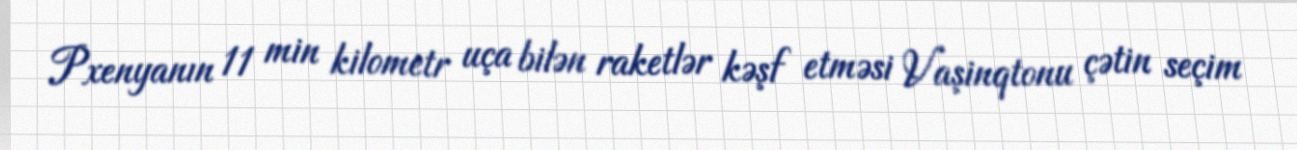
Pxenyanın 11 min kilometr uça bilən raketlər kəşf etməsi Vaşinqtonu çətin seçim